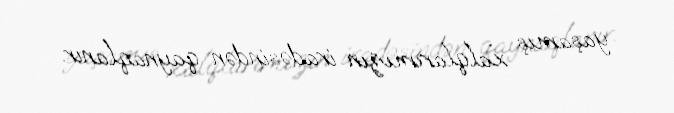
yaşamış xalqlarımızın iradəsindən qaynaqlanır.